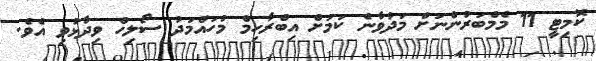
ކޮމިޓީ 11 މެމްބަރުންނަށް މަދުވާނެ ކަމަށް އިބްރާހިމް މުހައްމަދު ސޯލިހް ވިދާޅުވި އެވެ.